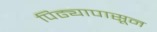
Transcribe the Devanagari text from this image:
पिढ्यापासून